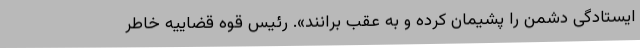
ایستادگی دشمن را پشیمان کرده و به عقب برانند». رئیس قوه قضاییه خاطر